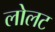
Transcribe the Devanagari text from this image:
लोलट